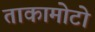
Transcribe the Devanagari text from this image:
ताकामोटो